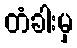
တံခါးမှ